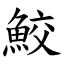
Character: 鮫